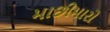
માછીમારો